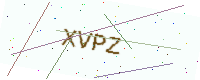
Text: XVPZ